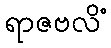
ရာဇဗလိံ